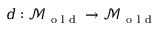
d : \mathcal { M } _ { \mathrm { ~ o ~ l ~ d ~ } } \to \mathcal { M } _ { \mathrm { ~ o ~ l ~ d ~ } }